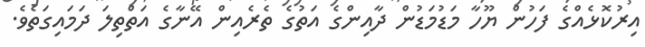
އިރުކޮޅެއްގެ ފަހުން ޔޫހާ މަޑުމަޑުން ދާއިންގެ އަތުގެ ތެރެއިން އޭނާގެ އަތްތިލަ ދަމައިގަތެވެ.